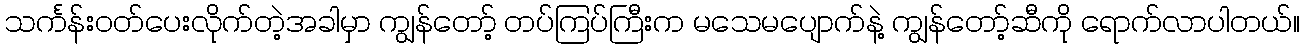
သင်္ကန်းဝတ်ပေးလိုက်တဲ့အခါမှာ ကျွန်တော့် တပ်ကြပ်ကြီးက မသေမပျောက်နဲ့ ကျွန်တော့်ဆီကို ရောက်လာပါတယ်။